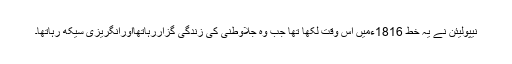
نیپولیئن نے یہ خط 1816ءمیں اس وقت لکھا تھا جب وہ جلاوطنی کی زندگی گزاررہاتھااورانگریزی سیکھ رہاتھا۔